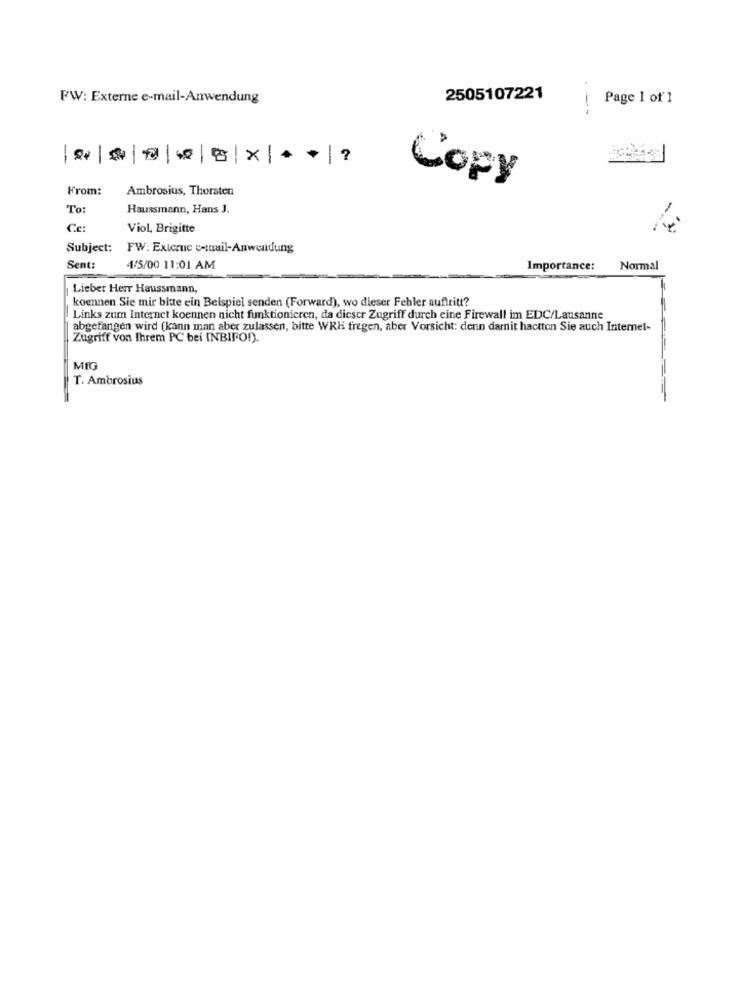
FW: Externe e-mail-Anwendung
2505107221
Page 1 of 1
--
₹| || |5|X| ** |?
Copy
From:
Ambrosius, Thorsten
To:
Haussmann, Hans J.
Ce:
Viol, Brigitte
Subject: FW: Externe e-mail-Anwendung
Sent:
4/5/00 11:01 AM
Importance:
Normal
Lieber Herr Haussmann,
koennen Sie mir bitte ein Beispiel senden (Forward), wo dieser Fehler auftritt?
Links zum Internet koennen nicht funktionieren, da dieser Zugriff durch eine Firewall im EDC/Lausanne
abgefangen wird (kann man aber zulassen, bitte WRH fregen, aber Vorsicht: denn damnit hactton Sie auch Internet-
Zugriff von Ihrem PC bei INBIRO!).
MIG
T. Ambrosius